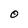
Character: O